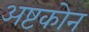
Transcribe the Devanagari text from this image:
अष्टकोन